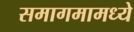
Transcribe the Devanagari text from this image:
समागमामध्ये